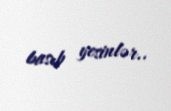
basıb yesinlər..